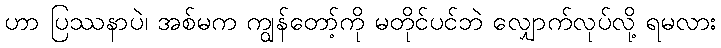
ဟာ ပြဿနာပဲ၊ အစ်မက ကျွန်တော့်ကို မတိုင်ပင်ဘဲ လျှောက်လုပ်လို့ ရမလား